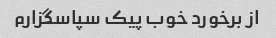
از برخورد خوب پیک سپاسگزارم